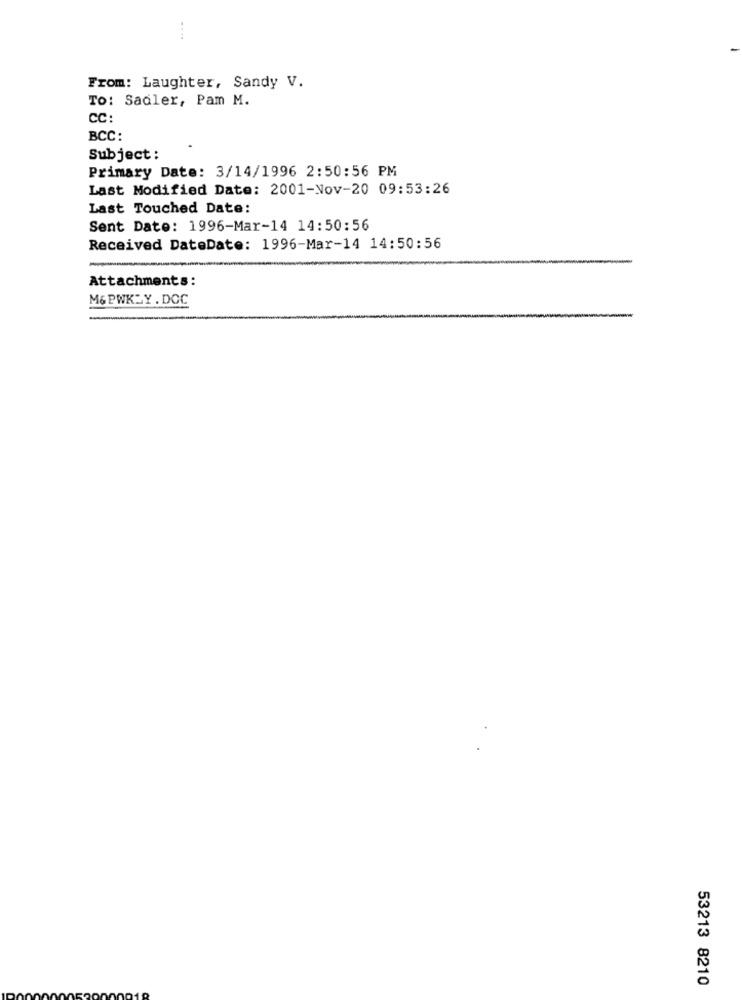
....
From: Laughter, Sandy V.
To: Sadler, Pam M.
CC:
BCC:
Subject :
Primary Date: 3/14/1996 2:50:56 PM
Last Modified Date: 2001-Nov-20 09:53:26
Last Touched Date:
Sent Date: 1996-Mar-14 14:50:56
Received DateDate: 1996-Mar-14 14:50:56
Attachments:
M&PWKLY.DOC
53213 8210